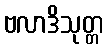
ဗလာဒိသုတ္တ